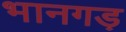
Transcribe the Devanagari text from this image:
भानगड़